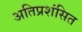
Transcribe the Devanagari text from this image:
अतिप्रशंसित